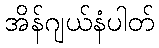
အိန်ဂျယ်နံပါတ်